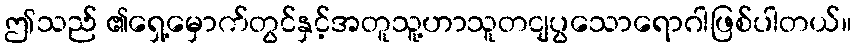
ဤသည် ၏ရှေ့မှောက်တွင်နှင့်အတူသူ့ဟာသူတငျပွသောရောဂါဖြစ်ပါတယ်။